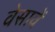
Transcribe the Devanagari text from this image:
वेसावें